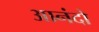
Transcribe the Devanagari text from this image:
आनंदो